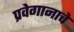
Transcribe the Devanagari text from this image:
प्रवेगानाचे